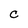
Character: C